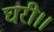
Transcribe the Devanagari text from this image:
घरी।।